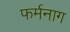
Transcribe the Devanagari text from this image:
फर्मनाग